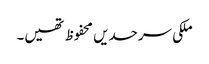
ملکی سرحدیں محفوظ تھیں۔